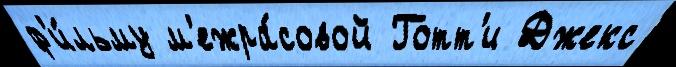
ф'и́льму м'ежра́совой Готт'и Джекс